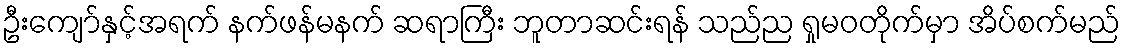
ဦးကျော်နှင့်အရက် နက်ဖန်မနက် ဆရာကြီး ဘူတာဆင်းရန် သည်ည ရှုမဝတိုက်မှာ အိပ်စက်မည်